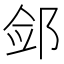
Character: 𮷪